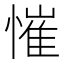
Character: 慛